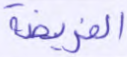
الفريضة